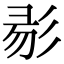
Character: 𢒓